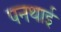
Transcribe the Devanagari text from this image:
पनथाई